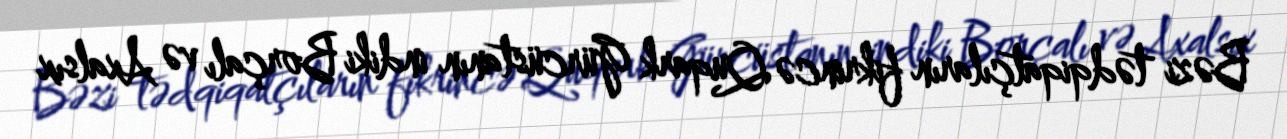
Bəzi tədqiqatçıların fikrincə Quqark Gürcüstanın indiki Borçalı və Axalsıx